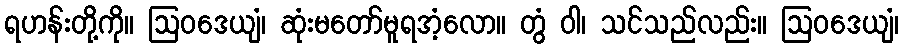
ရဟန်းတို့ကို။ ဩဝဒေယျံ၊ ဆုံးမတော်မူရအံ့လော။ တွံ ဝါ၊ သင်သည်လည်း။ ဩဝဒေယျံ၊